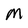
Character: M